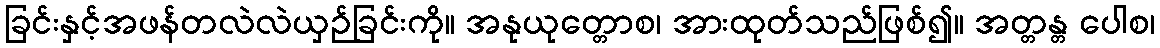
ခြင်းနှင့်အဖန်တလဲလဲယှဉ်ခြင်းကို။ အနုယုတ္တောစ၊ အားထုတ်သည်ဖြစ်၍။ အတ္တန္တ ပေါစ၊